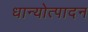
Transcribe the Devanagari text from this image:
धान्योत्पादन